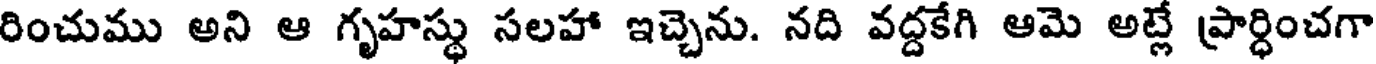
రించుము అని ఆ గృహస్థు సలహా ఇచ్చెను. నది వద్దకేగి ఆమె అట్లే ప్రార్ధించగా